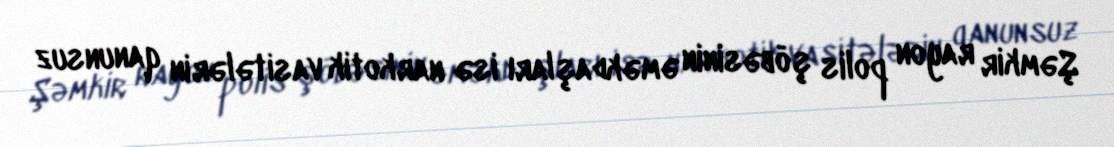
Şəmkir rayon polis şöbəsinin əməkdaşları isə narkotik vasitələrin qanunsuz